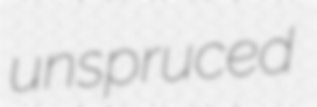
unspruced